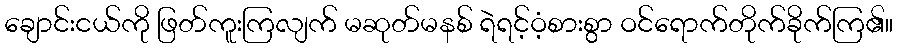
ချောင်းငယ်ကို ဖြတ်ကူးကြလျက် မဆုတ်မနစ် ရဲရင့်ဝံ့စားစွာ ဝင်ရောက်တိုက်ခိုက်ကြ၏။